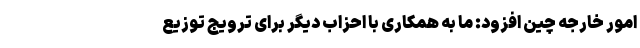
امور خارجه چین افزود: ما به همکاری با احزاب دیگر برای ترویج توزیع